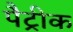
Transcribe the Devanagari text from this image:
पैट्रीक